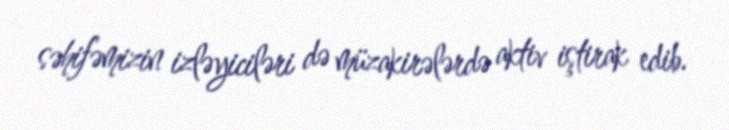
səhifəmizin izləyiciləri də müzakirələrdə aktiv iştirak edib.